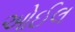
ઓઈલ